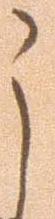
之